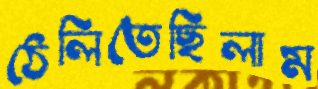
ঠেলিতেছিলাম